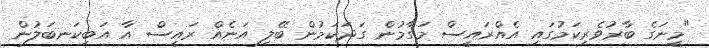
"މީނަގެ ބާރުވެރިކަމުގައި އެއްރައީސް މަގާމުން ގަދަކަމުން ބޭލި އަނެއް ރައީސް އާ އަބިކަނބަލުން